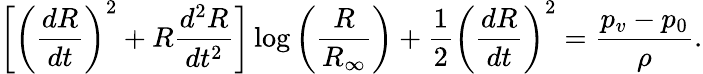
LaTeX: \bigg[\bigg(\frac{dR}{dt}\bigg)^{2}+R\frac{d^{2}R}{dt^{2}}\bigg]\log\bigg(\frac{R}{R_{\infty}}\bigg)+\frac{1}{2}\bigg(\frac{dR}{dt}\bigg)^{2}=\frac{p_{v}-p_{0}}{\rho}.